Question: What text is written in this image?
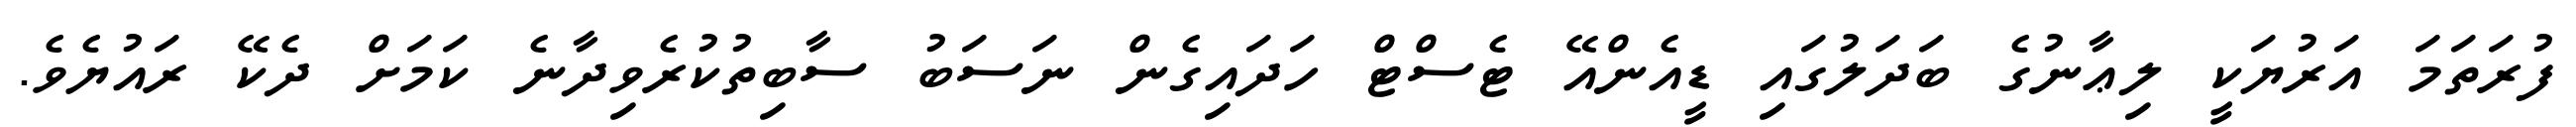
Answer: ފުރަތަމަ އަރުޔަކީ ލިޢާނުގެ ބަދަލުގައި ޑީއެންއޭ ޓެސްޓް ހަދައިގެން ނަސަބު ސާބިތުކުރެވިދާނެ ކަމަށް ދެކޭ ރައުޔެވެ.